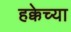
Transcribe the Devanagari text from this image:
हक्केच्या